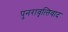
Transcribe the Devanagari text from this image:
पुनरावृत्‍तिवाद